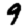
Digit: 9